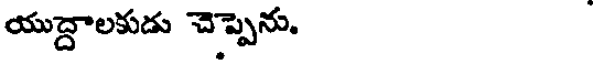
యుద్దాలకుడు చెప్పెను.